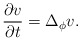
\begin{align*}\frac{\partial v}{\partial t}=\Delta_{\phi}v.\end{align*}